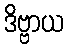
ဒိဗ္ဗာယ